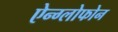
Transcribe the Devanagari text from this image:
ऐन्ग्लोफोन